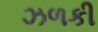
ઝળકી